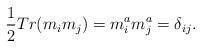
\begin{align*}\frac 12Tr(m_im_j)=m_i^am_j^a=\delta _{ij}.\end{align*}